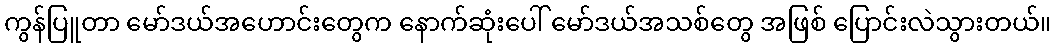
ကွန်ပြူတာ မော်ဒယ်အဟောင်းတွေက နောက်ဆုံးပေါ် မော်ဒယ်အသစ်တွေ အဖြစ် ပြောင်းလဲသွားတယ်။